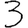
Digit: 3